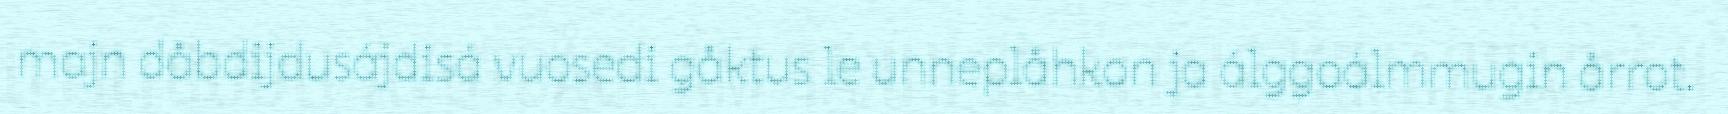
majn dåbdijdusájdisá vuosedi gåktus le unneplåhkon ja álggoálmmugin årrot.